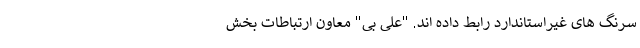
سرنگ های غیراستاندارد رابط داده اند. "علی بی" معاون ارتباطات بخش